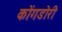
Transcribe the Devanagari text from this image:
कोंगडोरी